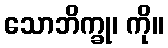
သောဘိက္ခု၊ ကို။